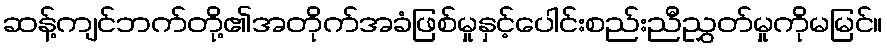
ဆန့်ကျင်ဘက်တို့၏အတိုက်အခံဖြစ်မှုနှင့်ပေါင်းစည်းညီညွှတ်မှုကိုမမြင်။